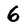
Character: 6